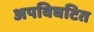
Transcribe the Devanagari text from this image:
अपविघटित